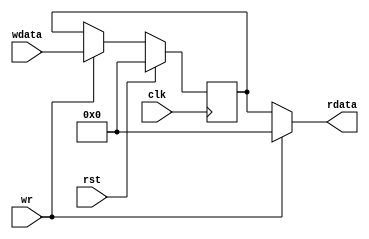
module mem(
  input clk,
  input rst,
  input wr,
  input [7:0]wdata,
  output [7:0]rdata);
  reg [7:0]regis;
  always@(posedge clk)begin
    if(rst)begin
      regis<=0;
    end
    else begin
      if(wr==1)begin
        regis<=wdata;
      end
      else begin
        regis<=regis;
      end
    end
  end
  assign rdata=(~wr)?regis:0;
   initial begin 
    $monitor("register=%b",regis);
  end
endmodule